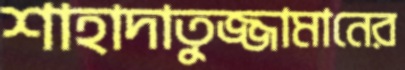
শাহাদাতুজ্জামানের